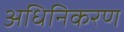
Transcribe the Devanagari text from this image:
अधिनिकरण